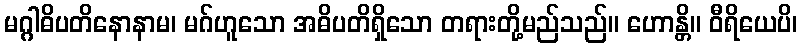
မဂ္ဂါဓိပတိနောနာမ၊ မဂ်ဟူသော အဓိပတိရှိသော တရားတို့မည်သည်။ ဟောန္တိ။ ဝီရိယေပိ၊